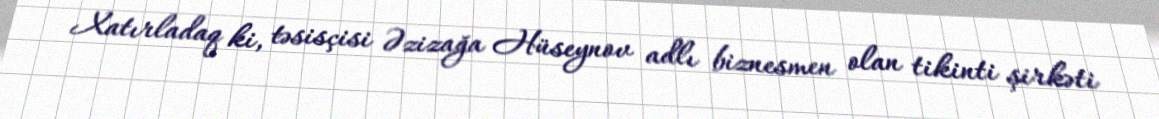
Xatırladaq ki, təsisçisi Əzizağa Hüseynov adlı biznesmen olan tikinti şirkəti